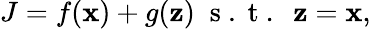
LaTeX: J=f(\textbf{x})+g(\textbf{z})\; \mathrm{~s~.~t~.~}\; \textbf{z}=\textbf{x},